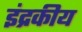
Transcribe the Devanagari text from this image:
इंद्रकीय